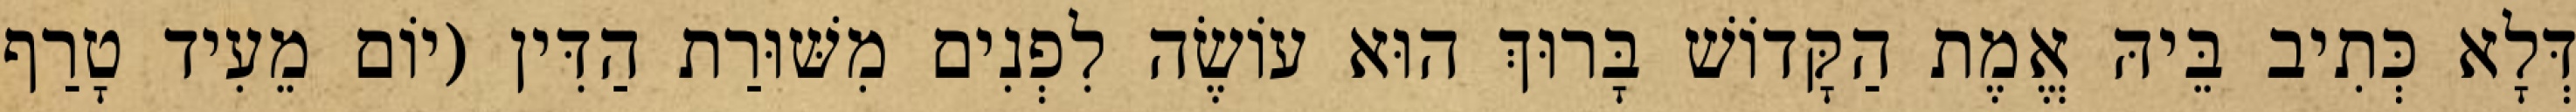
דְּלָא כְּתִיב בֵּיהּ אֱמֶת הַקָּדוֹשׁ בָּרוּךְ הוּא עוֹשֶׂה לִפְנִים מִשּׁוּרַת הַדִּין (יוֹם מֵעִיד טָרַף